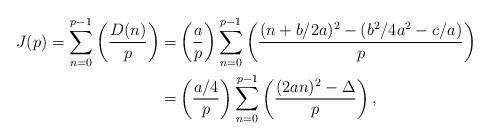
LaTeX: \begin{align*}J(p)=\sum_{n=0}^{p-1} \left( \frac{D(n)}{p} \right)= & \left( \frac{a}{p} \right) \sum_{n=0}^{p-1} \left( \frac{(n+b/2a)^2-(b^2/4a^2-c/a)}{p} \right) \\= & \left( \frac{a/4}{p} \right) \sum_{n=0}^{p-1} \left( \frac{(2an)^2-\Delta}{p} \right),\end{align*}